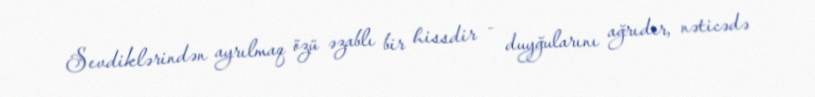
Sevdiklərindən ayrılmaq özü əzablı bir hissdir - duyğularını ağrıdır, nəticədə